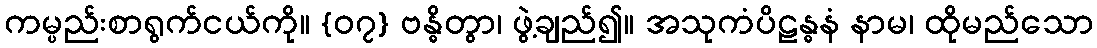
ကမ္ပည်းစာရွက်ငယ်ကို။ {၀၇} ဗန္ဓိတွာ၊ ဖွဲ့ချည်၍။ အသုကံပိဠန္ဓနံ နာမ၊ ထိုမည်သော